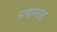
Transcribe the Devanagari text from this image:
समानांत